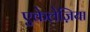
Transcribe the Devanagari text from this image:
एकेलेज़िया